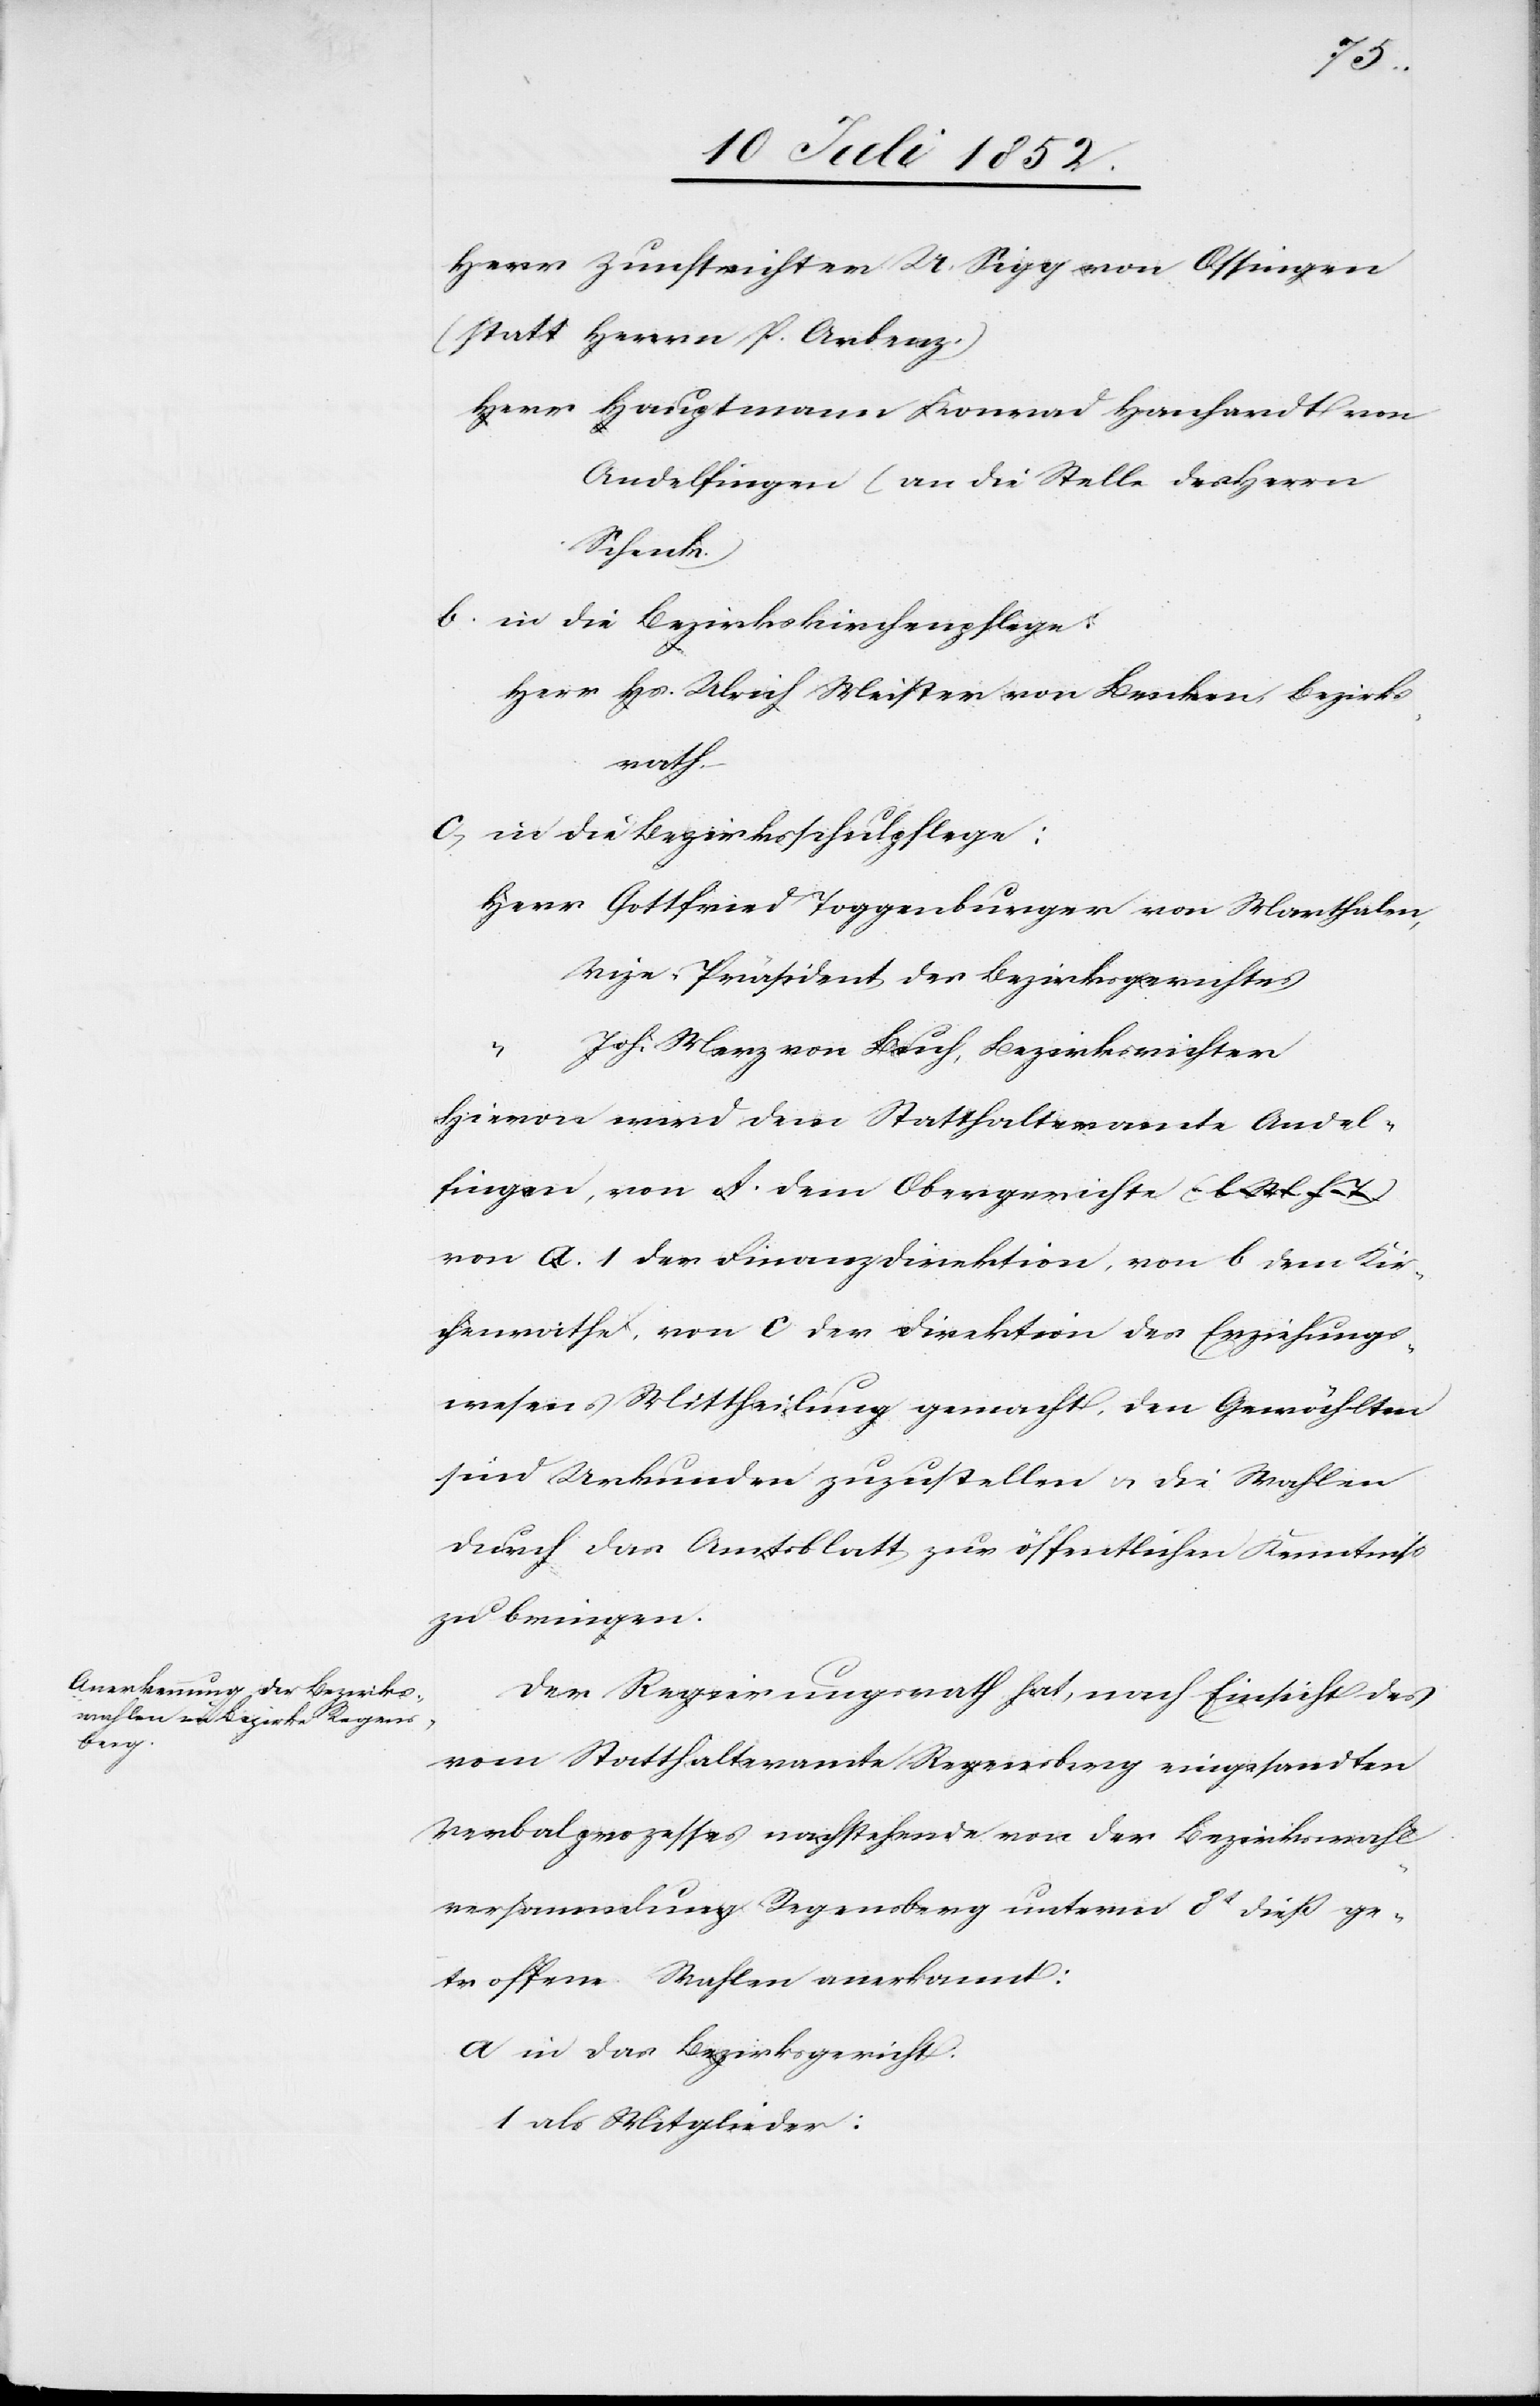
fing¬

Herr Zunftrichter U. Sigg von Ossingen
(statt Herrn P. Arbenz.)
Herr Hauptmann Konrad Hanhardt von
Andelfingen (an die Stelle des Herrn
Schenk.)
in die Bezirkskirchenpflege:
Herr Hs. Ulrich Meister von Benken, Bezirks¬
rath.
in die Bezirksschulpflege:
Herr Gottfried Toggenburger von Marthalen,
Vize-Präsident des Bezirksgerichtes
Joh: Merz von Buch, Bezirksrichter
en,
A.
Hievon wird dem Statthalteramte Andel¬
von a. 1 der Finanzdirektion, von b dem Kir¬
chenrathe, von c der Direktion des Erziehungs¬
wesens Mittheilung gemacht, den Gewählten
sind Urkunden zuzustellen & die Wahlen
durch das Amtsblatt zur öffentlichen Kenntniss
zu bringen.
Der Regierungsrath hat, nach Einsicht des
vom Statthalteramte Regensberg eingesandten
Verbalprozesses nachstehende von der Bezirkswahl¬
versammlung Regensberg unterm 8t dieß ge¬
troffene Wahlen anerkannt:
in das Bezirksgericht:
als Mitglieder: